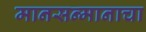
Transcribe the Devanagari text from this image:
मानसन्मानाचा